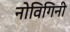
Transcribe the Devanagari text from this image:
नोविगिनी